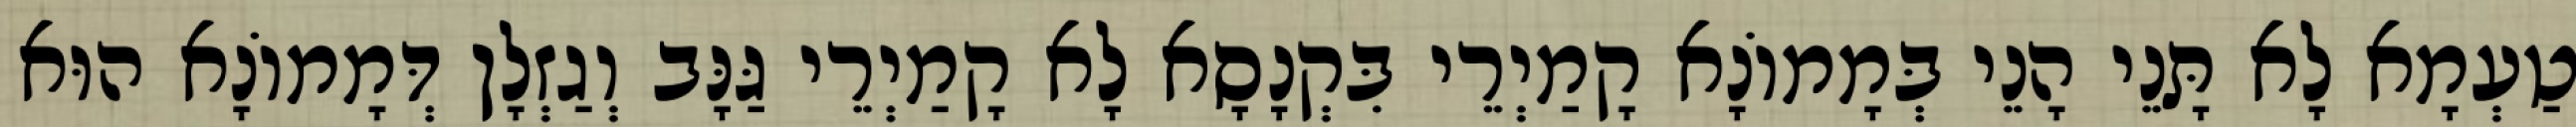
טַעְמָא לָא תָּנֵי הָנֵי בְּמָמוֹנָא קָמַיְרֵי בִּקְנָסָא לָא קָמַיְרֵי גַּנָּב וְגַזְלָן דְּמָמוֹנָא הוּא